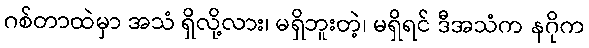
ဂစ်တာထဲမှာ အသံ ရှိလို့လား၊ မရှိဘူးတဲ့၊ မရှိရင် ဒီအသံက နဂိုက